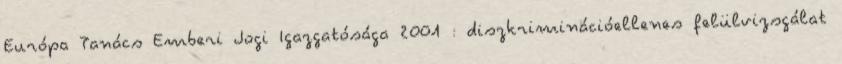
Európa Tanács Emberi Jogi Igazgatósága 2001 : diszkriminációellenes felülvizsgálat